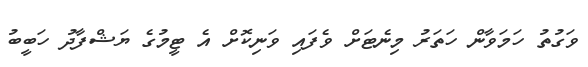
ވަގުތު ހަމަވާން ހަތަރު މިނެޓަށް ވެފައި ވަނިކޮށް އެ ޓީމުގެ ޔަޝްފާދު ހަބީބު